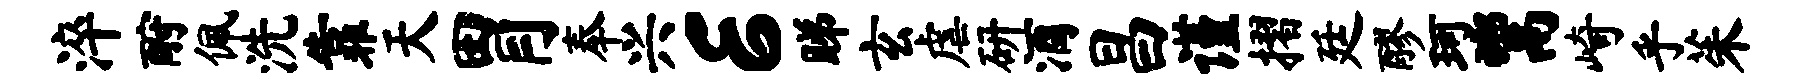
淬酹佩洗靠天胃奉兴E睇玄虐研酒昌谨摺廷醪珂鬻崎乎茱